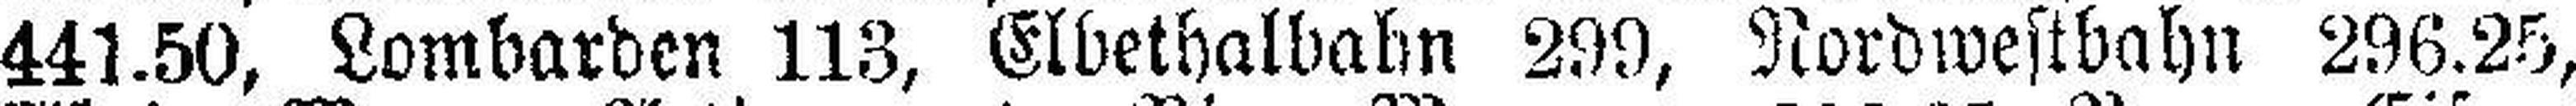
441.50, Lombarden 113, Elbethalbabn 299, Nordwestbahn 296.25,